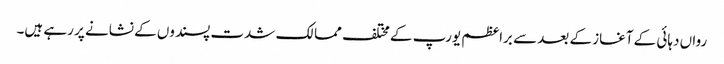
رواں دہائی کے آغاز کے بعد سے براعظم یورپ کے مختلف ممالک شدت پسندوں کے نشانے پر رہے ہیں۔